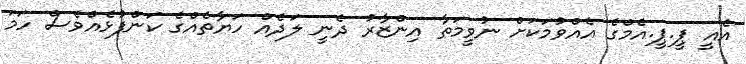
އެއީ ޕީ.ޕީ.އެމްގެ އެއްވުމަކަށް ނުވީމަތާ އިންޒާރު ދެނީ ލަދެއް ހަޔާތެއްގެ ކަންފުޅެއްވެސް ހަމަ